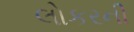
લોકરની